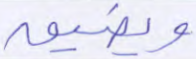
ويضيق